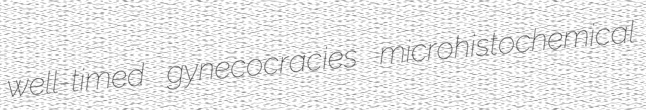
well-timed gynecocracies microhistochemical